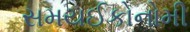
સમયઈકોનોમી